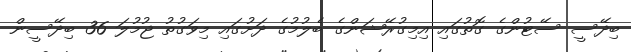
ބިދޭސީ ސޭޓުންގެ ގޮތުގައި އިމިގުރޭޝަންގެ ބެލުމުގެ ދަށުގައި މިވަގުތު ޖުމުލަ 36 ބިދޭސީން